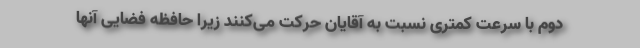
دوم با سرعت کمتری نسبت به آقایان حرکت می‌کنند زیرا حافظه فضایی آنها